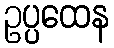
ဥပ္ပထေန